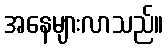
အနေများလာသည်။